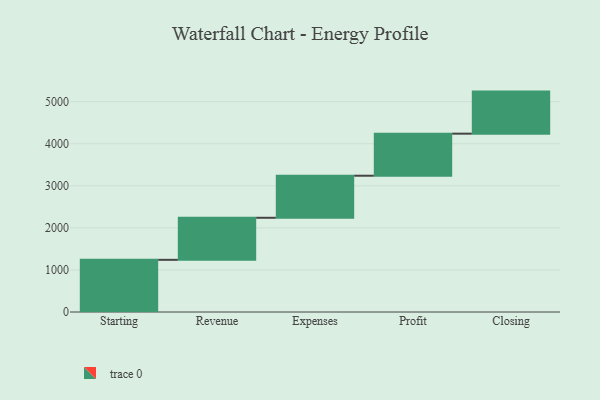
{"axis": {"x": "Step", "y": "Value"}, "legend": [""], "data": [{"x": "Starting", "y": 1240.0, "type": ""}, {"x": "Revenue", "y": 1000, "type": ""}, {"x": "Expenses", "y": 1000, "type": ""}, {"x": "Profit", "y": 1000, "type": ""}, {"x": "Closing", "y": 1000, "type": ""}]}